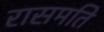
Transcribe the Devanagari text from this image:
रासमति